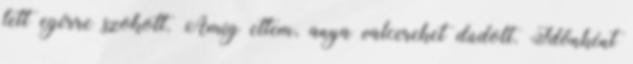
tett egérre szokott. Amíg ettem, anya valcereket dúdolt. Időnként